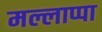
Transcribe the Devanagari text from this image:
मल्लाप्पा